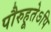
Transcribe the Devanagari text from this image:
पौरुहूतेऽपि